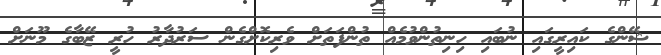
ޝޭންގެ ކައިރީގައި ނުބައި ހިނިތުންވުމެއް ތުންފަތަށް ވެރިކޮށްގެން ސަރުދާރު ހުރީ ޒޭބާގެ މޫނަށް